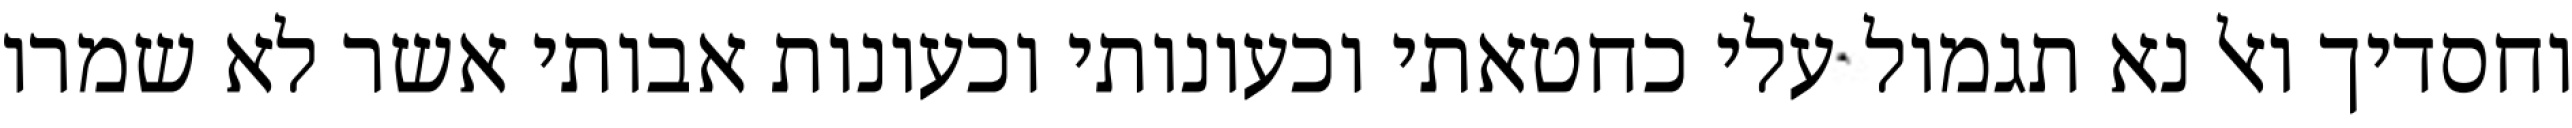
וחסדיך ואל נא תגמול עלי כחטאתי וכעונותי וכעונות אבותי אשר לא שמרו